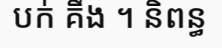
បក់ គឹង ។ និពន្ធ